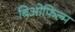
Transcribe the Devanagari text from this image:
बिओफिल्म